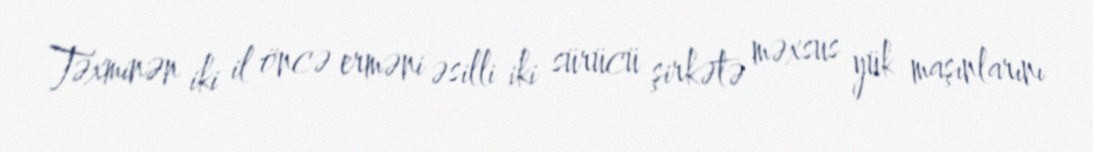
Təxminən iki il öncə erməni əsilli iki sürücü şirkətə məxsus yük maşınlarını